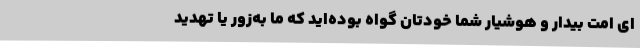
ای امت بیدار و هوشیار شما خودتان گواه بوده‌اید که ما به‌زور یا تهدید